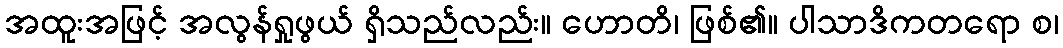
အထူးအဖြင့် အလွန်ရှုဖွယ် ရှိသည်လည်း။ ဟောတိ၊ ဖြစ်၏။ ပါသာဒိကတရော စ၊